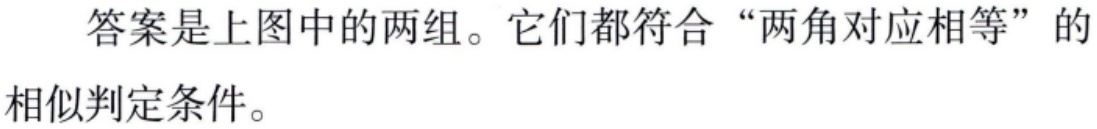
答案是上图中的两组。它们都符合“两角对应相等”的相似判定条件。